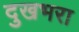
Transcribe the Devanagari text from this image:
दुखभरा